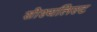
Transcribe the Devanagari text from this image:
सोश्यलिस्ट